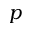
p